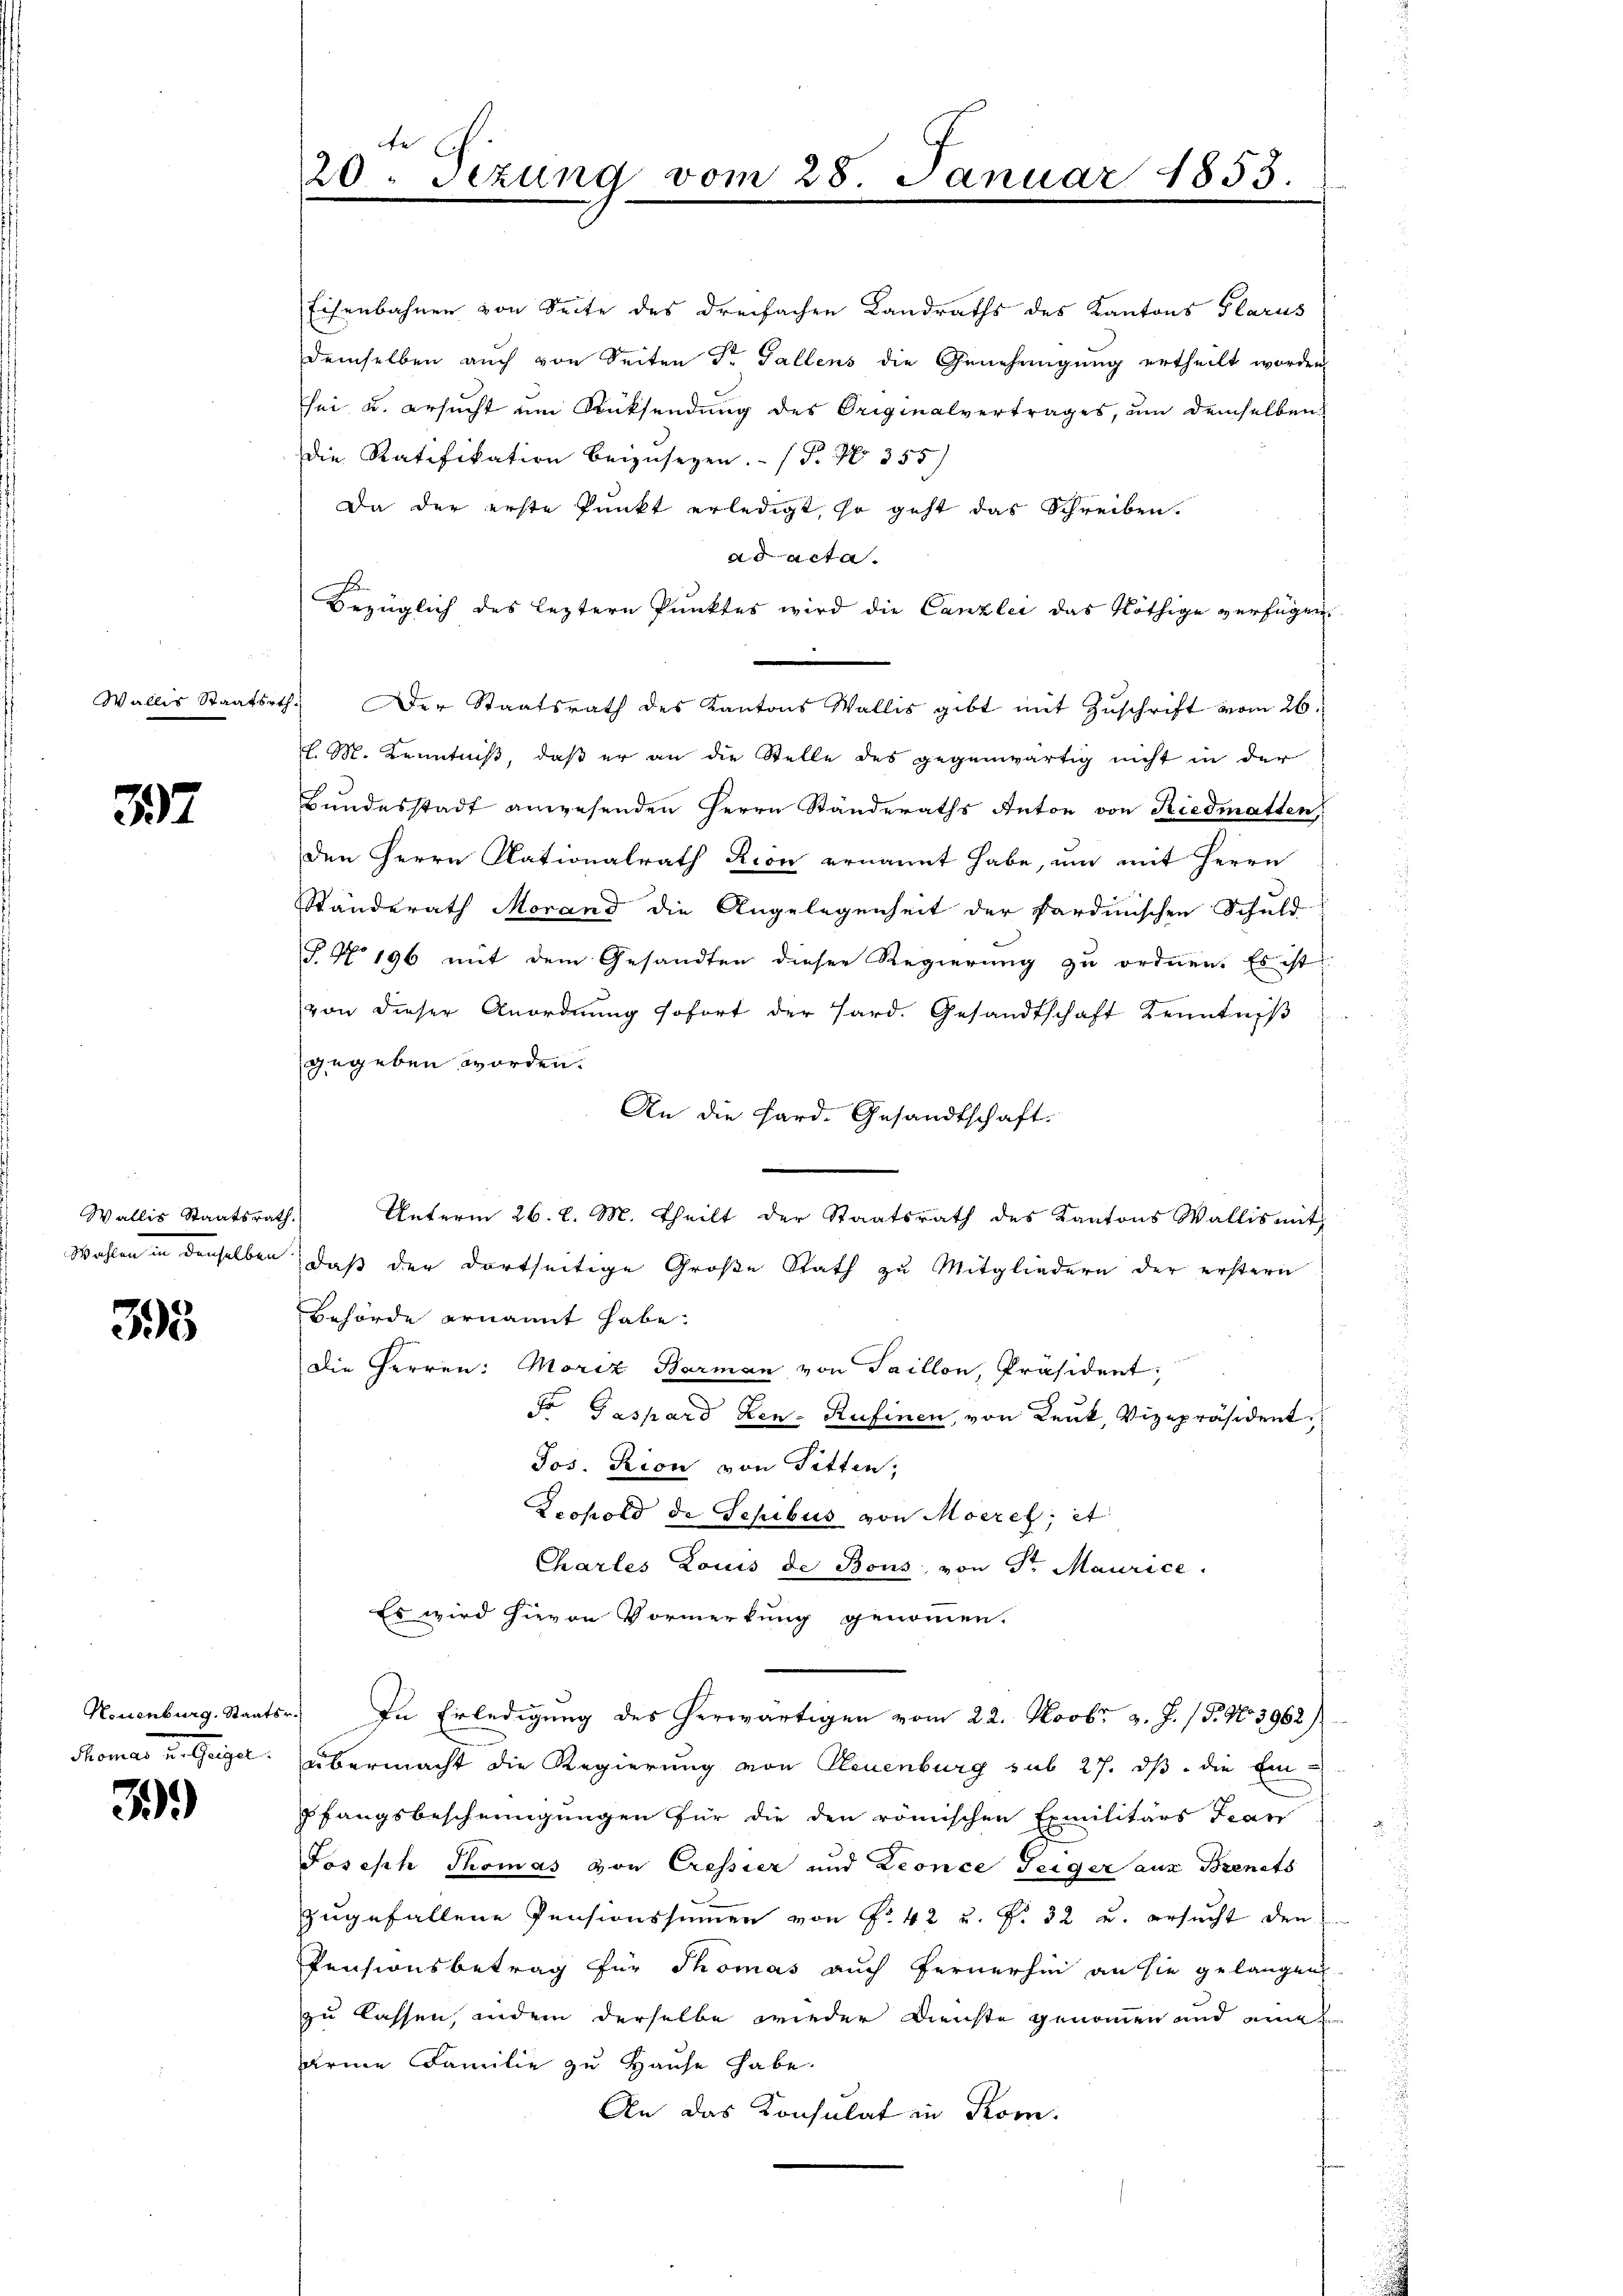
Wallis Staatsrth

37

Wallis Staatsrath.
Wochen in derselben

398

Stonen u. Gegen.

3

de
20. Sezung

Eisenbahnen von Seite des dreifachen Landraths des Kantons Glarus
demselben auch von Seiten Dr. Gallens die Genehmigung ertheilt worden
sei u. ersucht um Rücksendung des Originalvertrages, um demselben
die Ratifikation beizusegen. - (P. Nr. 355)
Da der erste Punkt erledigt, so geht das Schreiben.
ad acta.
Bezüglich des leztern Punktes wird die Canzlei das Nöthige verfügen,
Der Staatsrath des Kantons Wallis gibt mit Zuschrift vom 26.
l. M. Kenntniß, daß er an die Stelle des gegenwärtig nicht in der
Bundesstadt anwesenden Herrn Ständeraths Anton von Riedmatten,
den Herrn Nationalrath Rion ernannt habe, um mit Herrn
Standerath Morand die Angelegenheit der Sardinischen Schuld-
§. No 196 mit dem Gesandten dieser Regierung zu ordnen. Es ist
von dieser Anordnung sofort der Hard. Gesandtschaft Kenntniß
gegeben worden.
An die Sard. Gesandtschaft.
Unterm 26. d. M. theilt der Staatsrath des Kantons Wallis mit
daß der dortseitige Große Rath zu Mitgliedern der erstern
Behörde ernannt habe.
Die Herren: Moriz Barman von Saillon, Präsident;
r Gaspard Zen-Rufinen, von Lenk, Vizepräsident
Jos. Rion von Fitten,
Leopold de Sepibus von Moeret; et
Chartes Louis de Bons, von Sr Maurice,
Es wird hievon Vormerkung genommen.
Neuenburg. Staatsr. In Erledigung des herwärtigen vom 22. Novbr. v. J. (T. No. 3962)
übermacht die Regierung von Neuenburg sub 27. ds. die Einpfangsbescheinigungen für die den römischen Exmilitärs Fran
Joseph Thomas von Cressier und Leonce Teiger aus Brents
zugefallene Pensionssummen von Fr. 42 u. f. 32 u. ersucht den
Pensionsbetrag für Thomas auch fernerhin an sie gelangen.
zu lassen, indem derselbe wieder Dienste genommen und eine
arme Familie zu Hause habe.
An das Konsulat in Kom

Januar 185.